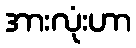
အားလုံးဟာ